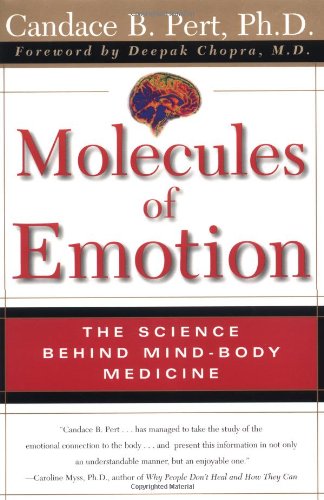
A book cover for Molecules Of Emotion: The Science Behind Mind-Body Medicine; Candace B. Pert; Health, Fitness & Dieting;